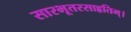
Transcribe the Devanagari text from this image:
सारभूतरसाहृतिम्।